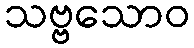
သဗ္ဗသောဝ